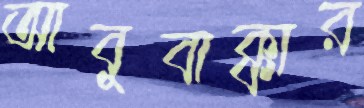
আবুবাক্কার